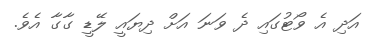
އަދި އެ ވޯޓުގައި ދެ ވަނަ އަށް ދިޔައީ ލޭޑީ ގާގާ އެވެ.